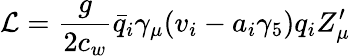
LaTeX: {\cal L}={\frac{g}{2c_{w}}}{\bar{q}}_{i}{\gamma_{\mu}}(v_{i}-a_{i}\gamma_{5})q_{i}Z_{\mu}^{\prime}